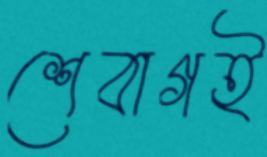
শেবাগই